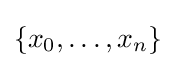
\{x_{0},\dots ,x_{n}\}